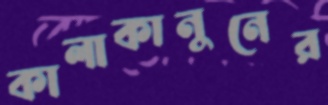
কালাকানুনের